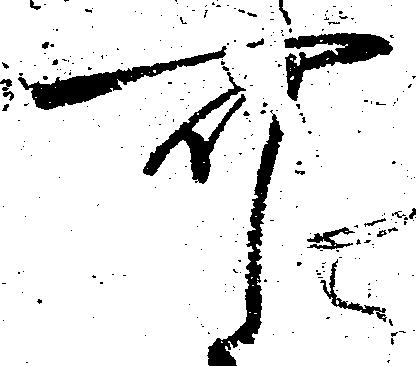
可